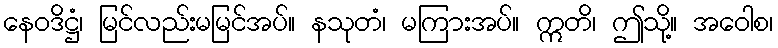
နေဝဒိဋ္ဌံ၊ မြင်လည်းမမြင်အပ်။ နသုတံ၊ မကြားအပ်။ ဣတိ၊ ဤသို့။ အဝေါစ၊